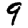
Digit: 9